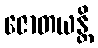
ဇောတယန္တိ